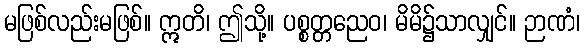
မဖြစ်လည်းမဖြစ်။ ဣတိ၊ ဤသို့။ ပစ္စတ္တညေဝ၊ မိမိ၌သာလျှင်။ ဉာဏံ၊